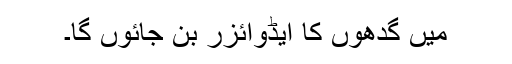
میں گدھوں کا ایڈوائزر بن جائوں گا۔